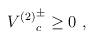
LaTeX: \begin{align*}{V^{(2)}}_c^\pm \geq 0 \ ,\end{align*}